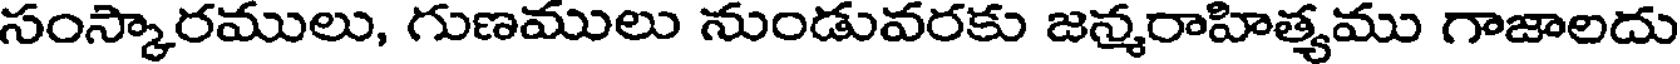
సంస్కారములు, గుణములు నుండువరకు జన్మరాహిత్యము గాజాలదు